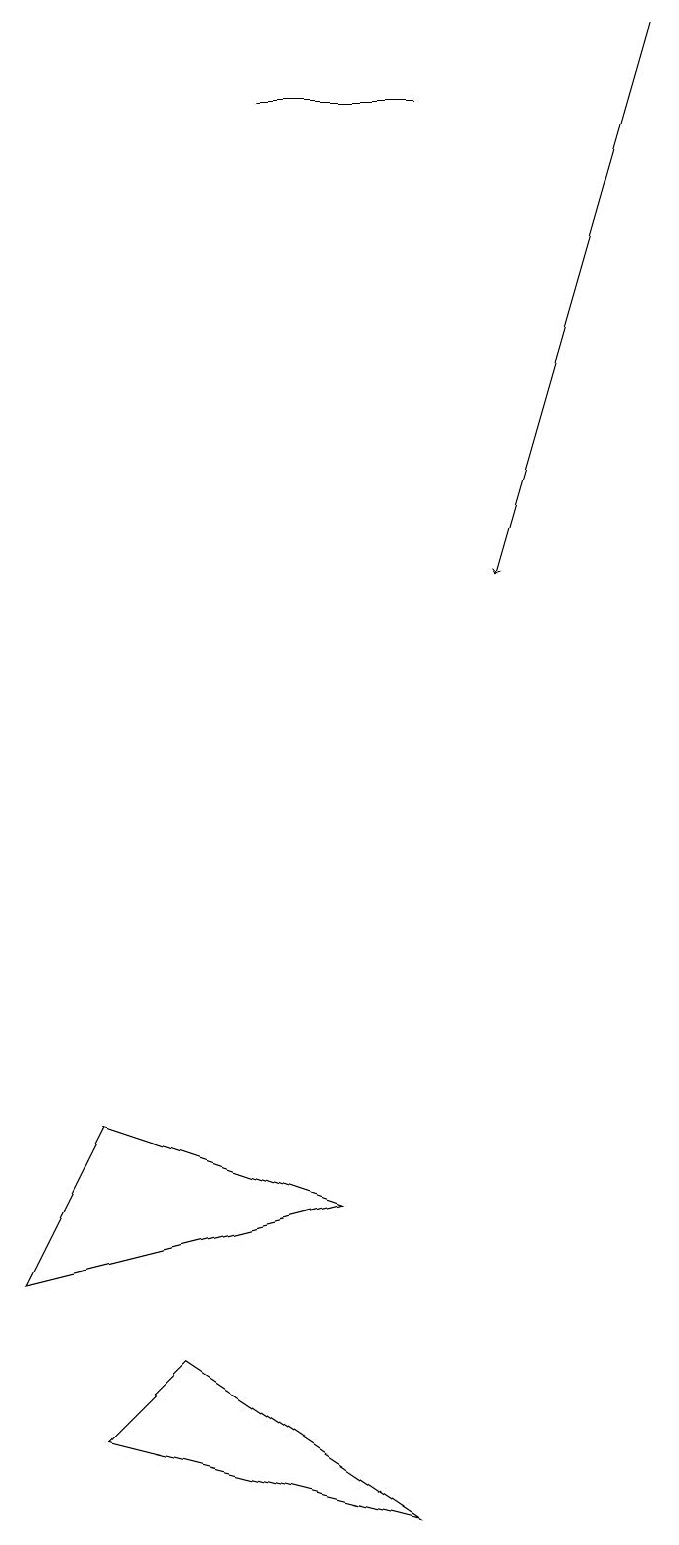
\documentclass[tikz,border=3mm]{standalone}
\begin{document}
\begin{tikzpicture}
\draw (3,2) -- (6,0) -- (2,1) -- cycle;
\draw (4,18) rectangle (6,18);
\draw[->] (9,19) -- (7,12);
\draw (1,3) -- (5,4) -- (2,5) -- cycle;
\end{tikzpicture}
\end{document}